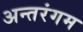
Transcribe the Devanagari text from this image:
अन्तरंगम